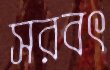
সরবৎ